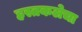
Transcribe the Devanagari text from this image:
हस्तकलेचा